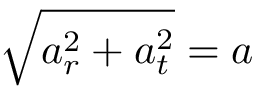
{ \sqrt { a _ { r } ^ { 2 } + a _ { t } ^ { 2 } } } = a